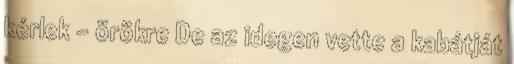
kérlek - örökre De az idegen vette a kabátját